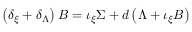
\left( \delta _ { \xi } + \delta _ { \Lambda } \right) B = \iota _ { \xi } \Sigma + d \left( \Lambda + \iota _ { \xi } B \right)